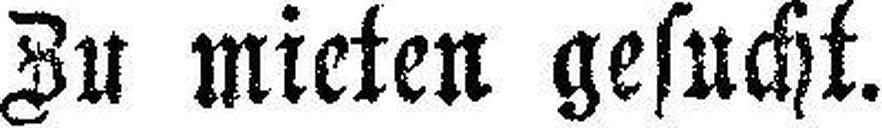
Zu mieten gesucht.